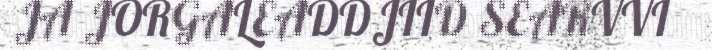
JA JORGALEADDJIID SEARVVI